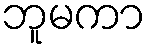
ဘူမကာ